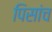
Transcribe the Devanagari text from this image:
पिसांच